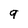
Character: 9